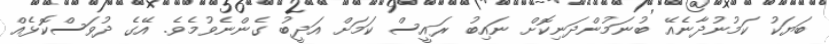
ބަޔަކު ކަމުނުދާނެއޭ ބުނަމުންދަނިކޮށް ނައިބު ރައީސް ކަމަށް އަދީބު ގެންނެވުމެވެ. އޭގެ ދުވަސްކޮޅެއް